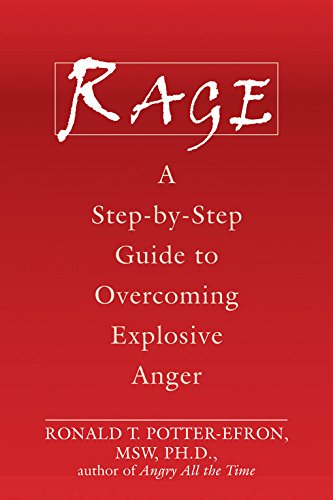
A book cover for Rage: A Step-by-Step Guide to Overcoming Explosive Anger; Ronald Potter-Efron MSW  PhD; Self-Help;